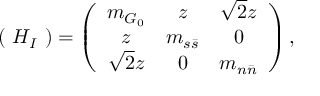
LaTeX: ( ~ H _ { I } ~ ) = \left( \begin{array} { c c c } { { m _ { G _ { 0 } } } } & { { z } } & { { \sqrt { 2 } z } } \\ { { z } } & { { m _ { s \bar { s } } } } & { { 0 } } \\ { { \sqrt { 2 } z } } & { { 0 } } & { { m _ { n \bar { n } } } } \end{array} \right) ,